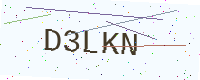
Text: D3LKN